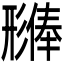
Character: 𪫊